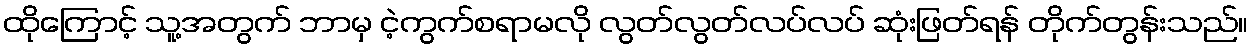
ထိုကြောင့် သူ့အတွက် ဘာမှ ငဲ့ကွက်စရာမလို လွတ်လွတ်လပ်လပ် ဆုံးဖြတ်ရန် တိုက်တွန်းသည်။